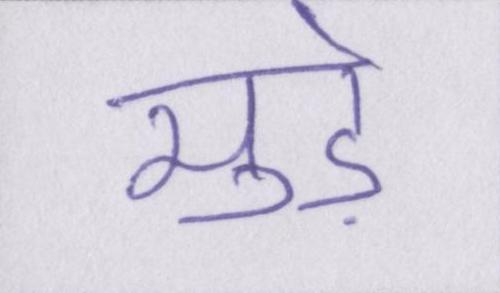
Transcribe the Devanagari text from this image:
मुड़े